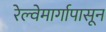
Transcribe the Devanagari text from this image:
रेल्वेमार्गापासून